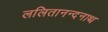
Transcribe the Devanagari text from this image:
ललितानन्दनाथ